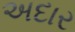
અદાર